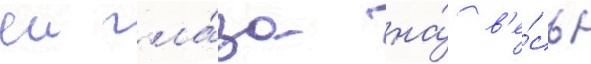
еи гла́за на́ в'е́сь